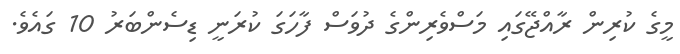
މީގެ ކުރިން ރާއްޖޭގައި މަސްވެރިންގެ ދުވަސް ފާހަގަ ކުރަނީ ޑިސެންބަރު 10 ގައެވެ.